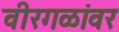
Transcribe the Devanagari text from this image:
वीरगळांवर